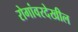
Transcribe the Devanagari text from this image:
रोगांवरदेखील